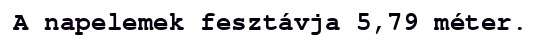
A napelemek fesztávja 5,79 méter.